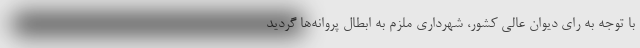
با توجه به رای دیوان عالی کشور، شهرداری ملزم به ابطال پروانه‌ها گردید